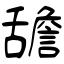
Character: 舚